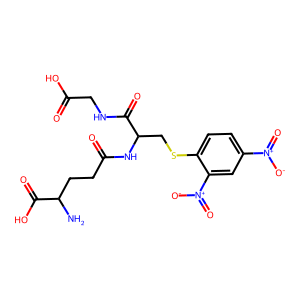
SMILES: NC(CCC(=O)NC(CSc1ccc([N+](=O)[O-])cc1[N+](=O)[O-])C(=O)NCC(=O)O)C(=O)O
Inhibits HIV replication: No